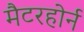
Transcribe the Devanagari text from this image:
मैटरहोर्न